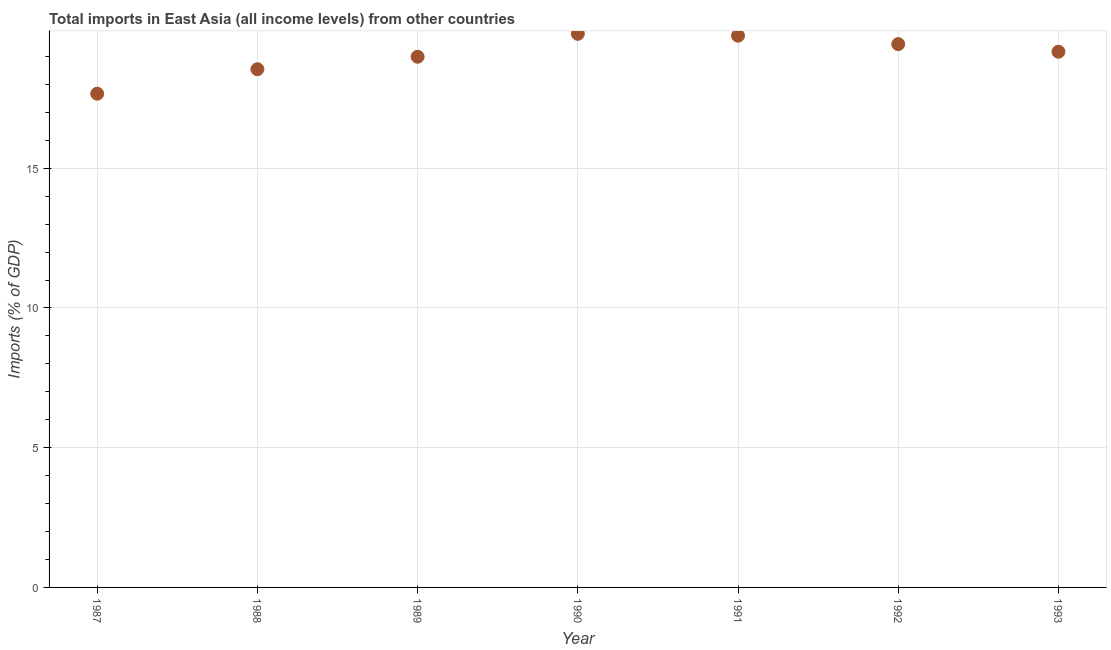
| Year | Imports |
 | --- | --- |
 | 1987 | 17.7 |
 | 1988 | 18.5 |
 | 1989 | 19 |
 | 1990 | 19.8 |
 | 1991 | 19.7 |
 | 1992 | 19.4 |
 | 1993 | 19.2 |